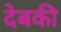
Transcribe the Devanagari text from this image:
देबकी